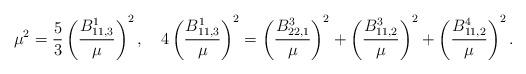
LaTeX: \begin{align*}\mu^2=\frac{5}{3}\left(\frac{B^1_{11,3}}{\mu}\right)^2,~~~4\left(\frac{B^1_{11,3}}{\mu}\right)^2=\left(\frac{B^3_{22,1}}{\mu}\right)^2+\left(\frac{B^3_{11,2}}{\mu}\right)^2+\left(\frac{B^4_{11,2}}{\mu}\right)^2.\end{align*}